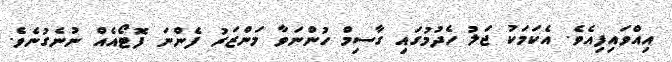
އިއްވައިފިއެވެ. އެކަމަކު ޖަލު ހެދުމުގައި ގާސިމް ހުންނަވާ މަންޒަރު ފެންނަ ފޮޓޯއެއް ނުނެގުނެވެ.